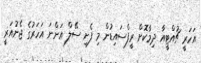
އަހަރީ ޗުއްޓީއާ ދިމާކޮށް ރީފްސައިޑުން މި ފެށި ސޭލް އަންނަ އަހަރުގެ ޖެނުއަރީ